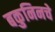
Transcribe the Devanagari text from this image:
बकुनिनचे